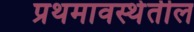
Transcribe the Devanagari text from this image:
प्रथमावस्थेतील